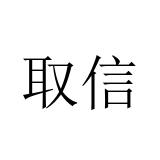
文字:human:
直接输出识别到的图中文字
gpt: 取信